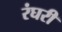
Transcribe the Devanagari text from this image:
रंघरी